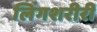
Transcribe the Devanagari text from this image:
लिंगशरीरीं